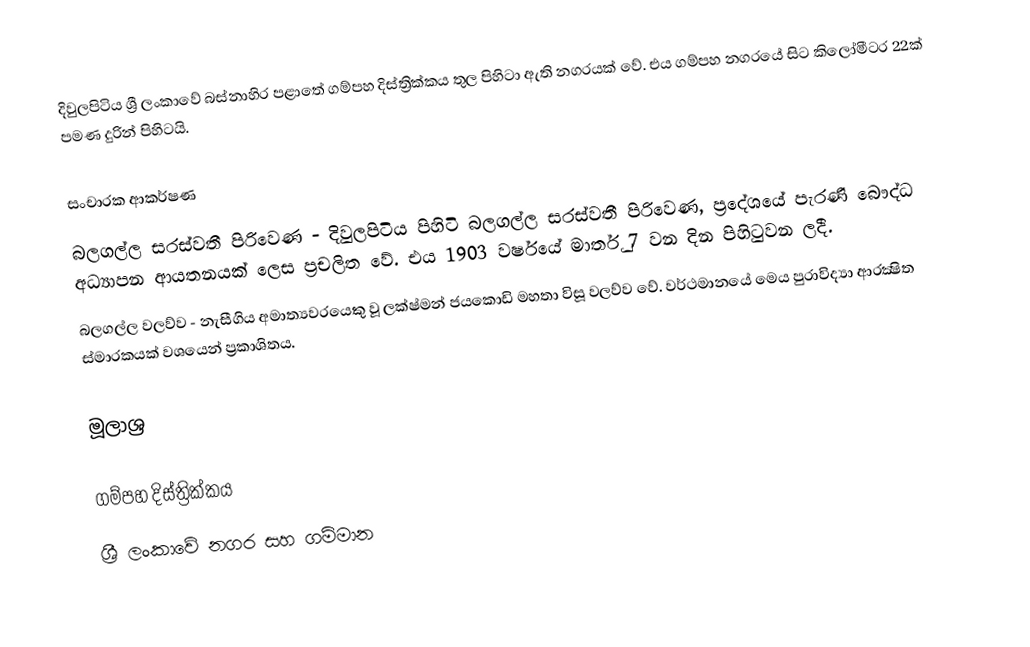
දිවුලපිටිය ශ්‍රී ලංකාවේ බස්නාහිර පළාතේ ගම්පහ දිස්ත්‍රික්කය තුල පිහිටා ඇති නගරයක් වේ. එය ගම්පහ නගරයේ සිට කිලෝමීටර 22ක් පමණ දුරින් පිහිටයි.

සංචාරක ආකර්ෂණ
 බලගල්ල සරස්වතී පිරිවෙණ - දිවුලපිටිය පිහිටි බලගල්ල සරස්වතී පිරිවෙණ, ප්‍රදේශයේ පැරණි බෞද්ධ අධ්‍යාපන ආයතනයක් ලෙස ප්‍රචලිත වේ. එය 1903 වර්ෂයේ මාර්තු 7 වන දින පිහිටුවන ලදී.
 බලගල්ල වලව්ව - නැසීගිය අමාත්‍යවරයෙකු වූ ලක්ෂ්මන් ජයකොඩි මහතා විසූ වලව්ව වේ. වර්ථමානයේ මෙය පුරාවිද්‍යා ආරක්‍ෂිත ස්මාරකයක් වශයෙන් ප්‍රකාශිතය.

මූලාශ්‍ර

ගම්පහ දිස්ත්‍රික්කය
ශ්‍රී ලංකාවේ නගර සහ ගම්මාන